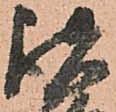
諸